Vabadussoja_Ajaloo_Komitee, lk 77
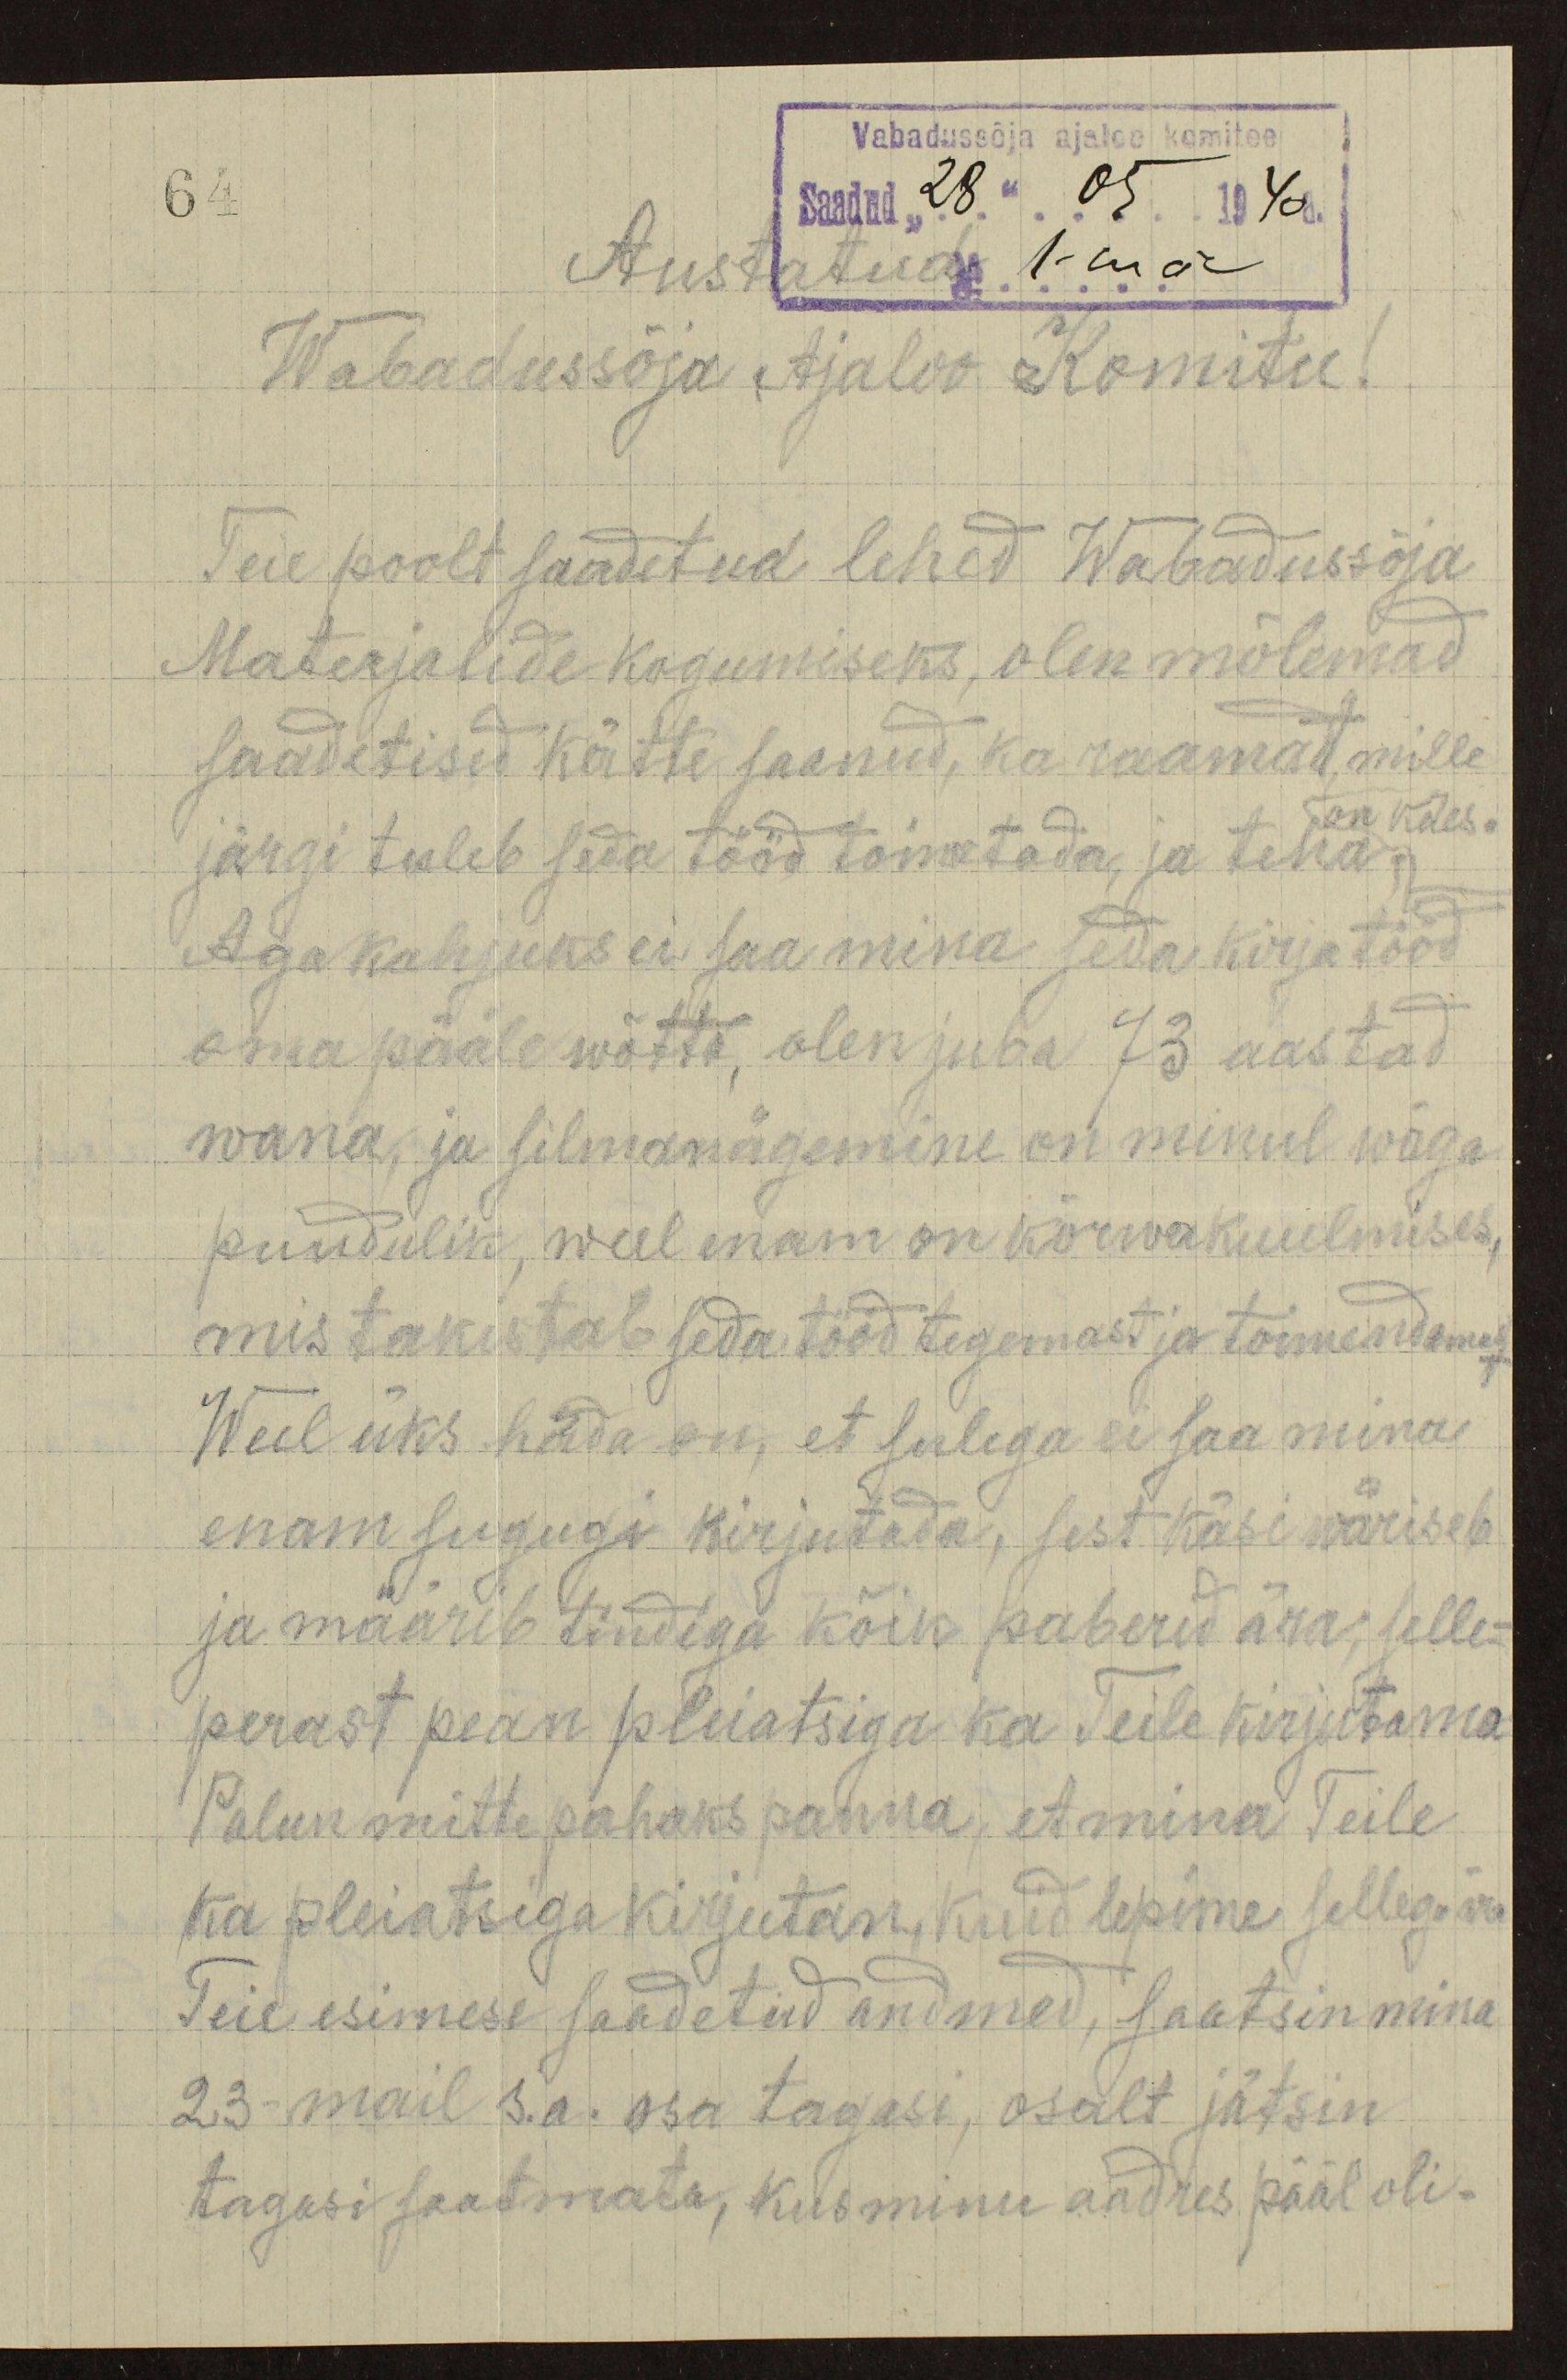
Vabadussõja ajaloo komitee
Saadud "28" 05 1940 a.
Austatud No 1-mal
Wabadussõja Ajaloo Komitee
Teie poolt saadetud lehed Wabadussõja
Materjalide kogumiseks olen mõlemad
saadetised kätte saanud, ka raamat, mille
on käes.
järgi tuleb seda tööd toimetada ja teha
Aga kahjuks ei saa mina seda kirjatööd
oma pääle wõtta, olen juba 73 aastad.
wana, ja silmanägemine on minul wäga.
puudulik, weel enam on kõrwakuulmises,
mis takistab seda tööd tegemast ja toimendamas
Weel üks häda on, et sulega ei saa mina
enam sugugi kirjutada, sest käsi wäriseb
ja määrib tindiga kõik paberid ära, selle-
perast pean pleiatsiga ka Teile kirjutama
Palun mitte pahaks panna, et mina Teile
ka pleiatsiga kirjutan, kuid lepime sellega ära
Teie esimese saadetud andmed, saatsin mina
23 mail s.a. osa tagasi, osalt jätsin
tagasi saatmata, kus minu aadres pääl oli-

64